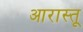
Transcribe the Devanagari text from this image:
आरास्तू